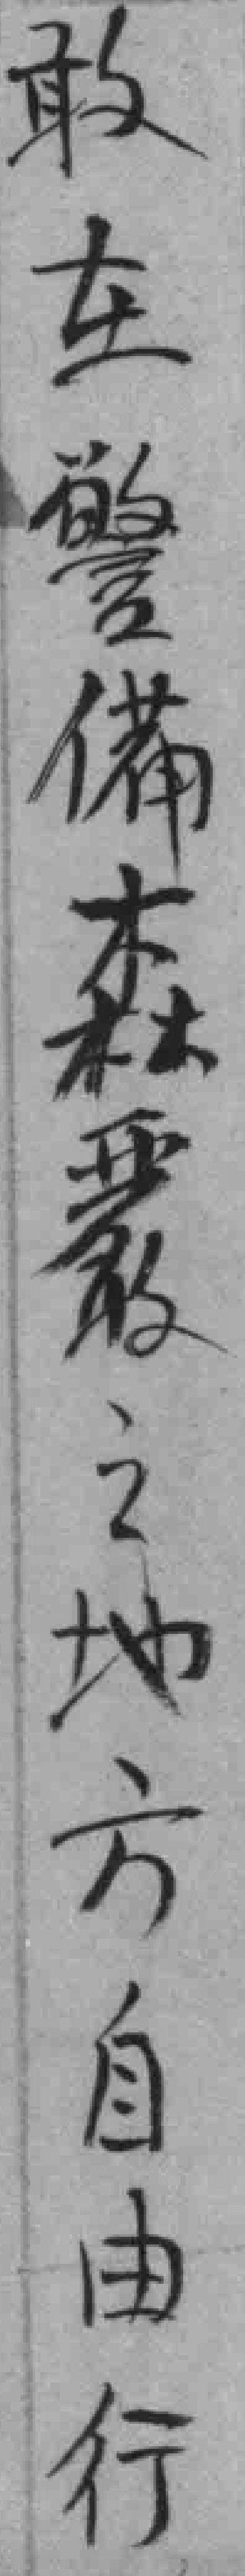
敢在警備森覆之地方自由行